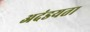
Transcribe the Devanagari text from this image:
अदंडयता